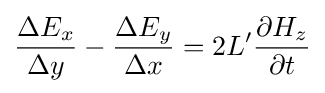
{\frac {\Delta E_{x}}{\Delta y}}-{\frac {\Delta E_{y}}{\Delta x}}=2L'{\frac {\partial H_{z}}{\partial t}}